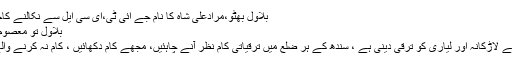
بلاول بھٹو،مرادعلی شاہ کا نام جے آئی ٹی،ای سی ایل سے نکالنے کاحکم: سپریم کورٹ
بلاول تو معصوم ہے: چیف جسٹس
انہوں نے کہا مجھے لاڑکانہ اور لیاری کو ترقی دینی ہے ، سندھ کے ہر ضلع میں ترقیاتی کام نظر آنے چاہئیں، مجھے کام دکھائیں ، کام نہ کرنے والے وزرا بوجھ ہیں۔